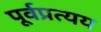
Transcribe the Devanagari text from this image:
पूर्वप्रत्यय